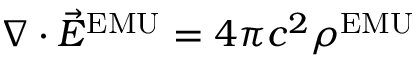
\nabla \cdot { \vec { E } } ^ { \mathrm { E M U } } = 4 \pi c ^ { 2 } \rho ^ { \mathrm { E M U } }